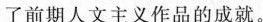
了当前人文主义作品的成就。